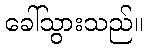
ခေါ်သွားသည်။